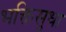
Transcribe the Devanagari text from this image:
भक्तिसुधा